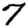
Digit: 7